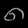
Digit: ၈